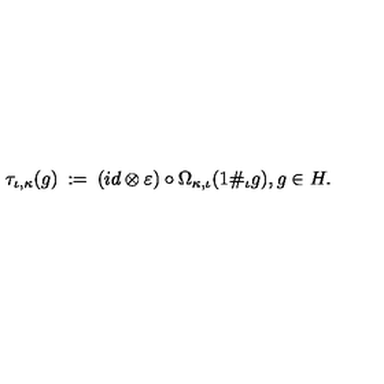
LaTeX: \tau _ { \iota , \kappa } ( g ) \: : = \: ( i d \otimes \varepsilon ) \circ \Omega _ { \kappa , \iota } ( 1 \# _ { \iota } g ) , g \in H .